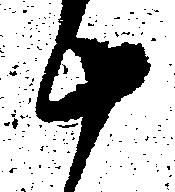
十